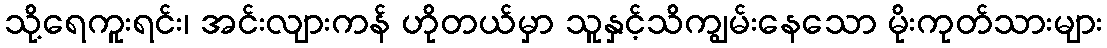
သို့ရေကူးရင်း၊ အင်းလျားကန် ဟိုတယ်မှာ သူနှင့်သိကျွမ်းနေသော မိုးကုတ်သားများ